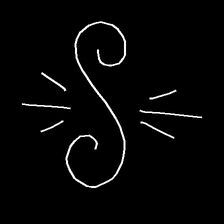
Glyph: wind-directs-air